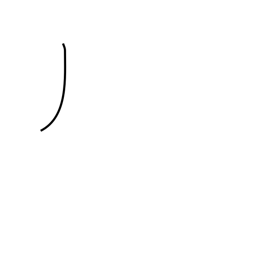
Meaning: katakana no radical (no. 4)